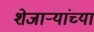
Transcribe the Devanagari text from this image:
शेजाऱ्यांच्या